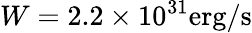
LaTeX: W=2.2\times 10^{31}\mathrm{erg/s}